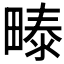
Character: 𰣏